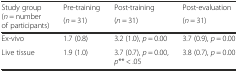
| <ROWSPAN=2> Study group (n = number of participants) | Pre-training | Post-training | Post-evaluation |
 | (n = 31) | (n = 31) | (n = 31) |
 | --- | --- | --- | --- |
 | Ex-vivo | 1.7 (0.8) | 3.2 (1.0), p = 0.00 | 3.7 (0.9), p = 0.00 |
 | Live tissue | 1.9 (1.0) | 3.7 (0.7), p = 0.00, p** < .05 | 3.8 (0.7), p = 0.00 |